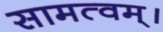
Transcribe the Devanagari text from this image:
सामत्वम्‌।